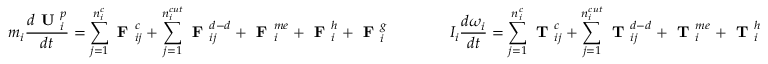
m _ { i } \frac { d \textbf { U } _ { i } ^ { p } } { d t } = \sum _ { j = 1 } ^ { n _ { i } ^ { c } } { \textbf { F } _ { i j } ^ { c } } + \sum _ { j = 1 } ^ { n _ { i } ^ { c u t } } \textbf { F } _ { i j } ^ { d - d } + \textbf { F } _ { i } ^ { m e } + \textbf { F } _ { i } ^ { h } + \textbf { F } _ { i } ^ { g } \qquad \qquad I _ { i } \frac { d \boldsymbol \omega _ { i } } { d t } = \sum _ { j = 1 } ^ { n _ { i } ^ { c } } { \textbf { T } _ { i j } ^ { c } } + \sum _ { j = 1 } ^ { n _ { i } ^ { c u t } } \textbf { T } _ { i j } ^ { d - d } + \textbf { T } _ { i } ^ { m e } + \textbf { T } _ { i } ^ { h }